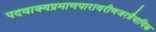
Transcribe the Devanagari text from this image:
पदवाक्यप्रमाणपारावरीणजरन्नैयायिक